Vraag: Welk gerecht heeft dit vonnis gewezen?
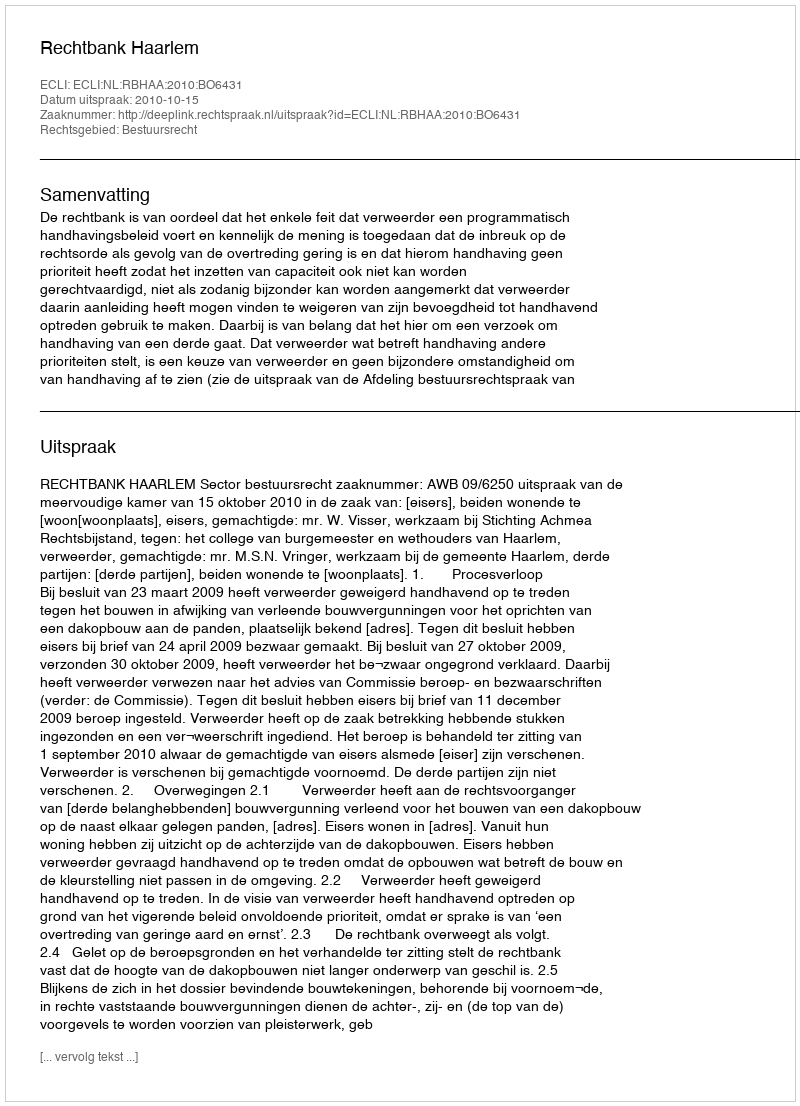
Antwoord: Rechtbank Haarlem